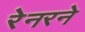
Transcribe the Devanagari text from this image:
रेनरने